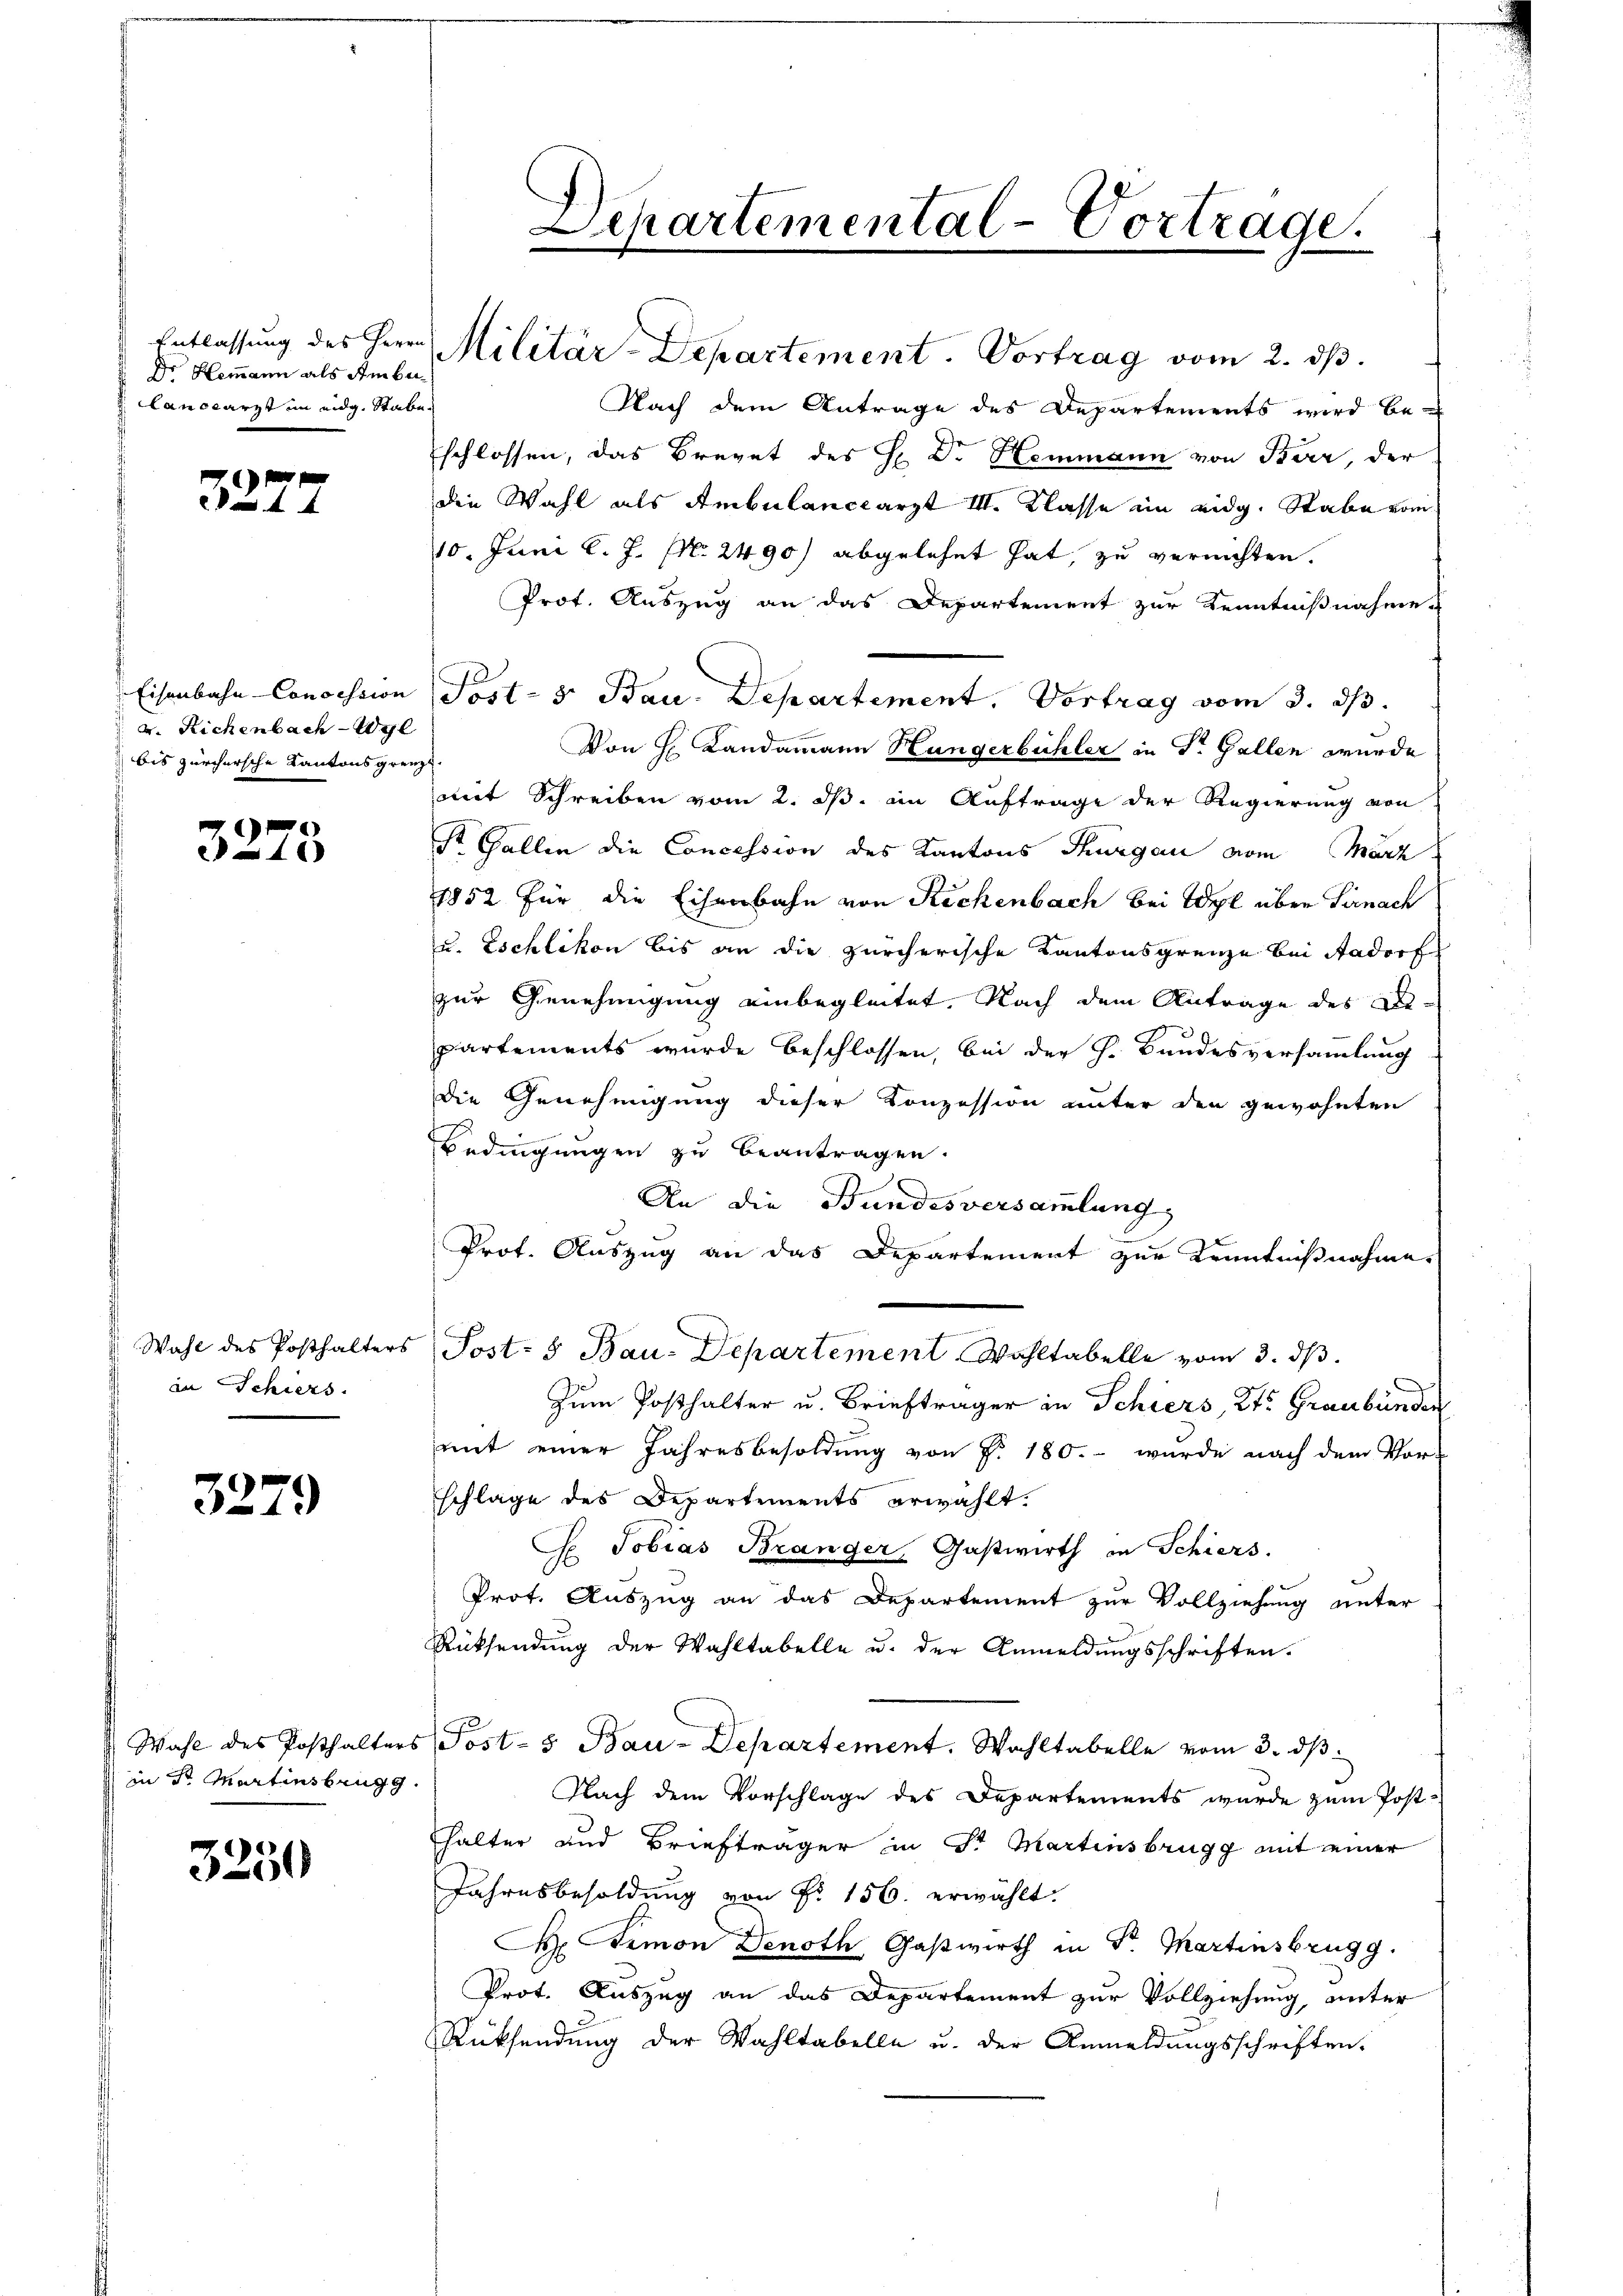
do Hemann als Amber
anceärzt im eidg. Stabe

s
e

Eisenbahn-Concession
v. Richenbach Wyl
bis zürchersche Kantonsgrenz

3273

in Schiers.

32.

19)

in Sr. Martinsbrugg

3250

Lepartemental-Vortrage.

Entlassung des Herrn Militär-Departement. Vortrag vom 2. ds.
Nach dem Antrage des Departements wird be-
schlossen, das Brevet des H. Dr. Hemmann von Beer, der
die Wahl als Ambulanceärzt III. Klasse im eidg. Stabe vom
10. Juni l. J. NNo. 2490) abgelehnt hat, zu vernichten.
Prof. Auszug an das Departement zur Kenntnißnahme
Post- & Bau. Departement. Vortrag vom 3. ds.
Von H. Landammann Hungerbühler in Dr. Gallen wurde
mit Schreiben vom 2. ds. in Auftrage der Regierung von
St. Gallen die Concession des Kantons Thurgau vom März
1852 für die Eisenbahn von Reckenbach bei Wyl über Firnach
u. Eschlikon bis an die zürcherische Kantonsgrenze bei Aadorf
zur Genehmigung einbegleitet. Nach dem Antrage des Departements wurde beschlossen, bei der h. Bundesversammlung
Die Genehmigung dieser Konzession unter den gewohnten
Bedingungen zu beantragen.
An die Bundesversammlung
Prot. Auszug an das Departement zur Kenntnißnahme
Wahl des Posthalters Post- & Bau-Departement Wohltabelle vom 3. dβ.
Zum Posthalter u. Briefträger in Schiers, Kts. Graubünden
mit einer Jahresbesoldŭng von J. 180. wurde nach dem Vor-
schlage des Departements erwählt.
G Tobias Bränger, Gastwirth in Schiers.
Prot. Auszug an das Departement zur Vollziehung unter
Rücksendung der Wahltabelle u. der Anmeldungsschriften.
Wahl des Posthalters Post- & Bau-Departement. Wahltabelle vom 3. dβ
Nach dem Vorschlage des Departements wurde zum Post-
halter und Briefträger in Sr Martinsbrugg mit einer
Jahresbesoldung von Fr. 156. erwählt.
 Gamon Denoth Gastwirth in Dr. Martinsbrugg.
Prot. Auszug an das Departement zur Vollziehung, unter
Rücksendung der Wahltabelle u. der Anmeldungsschriften.